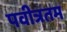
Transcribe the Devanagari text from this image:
पवीत्रतम